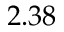
2 . 3 8